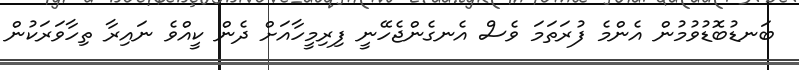
ބަނޑުބޮޑުވުމުން އެންމެ ފުރަތަމަ ވެސް އެނގެންޖެހޭނީ ފިރިމީހާއަށް ދެން ކީއްވެ ނައިރާ ތިހާވަރަކުން